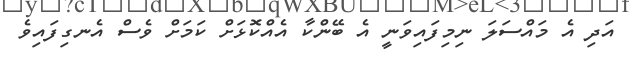
އަދި އެ މައްސަލަ ނިމިފައިވަނީ އެ ބޭންކާ އެއްކޮޅަށް ކަމަށް ވެސް އެނގިފައިވެ